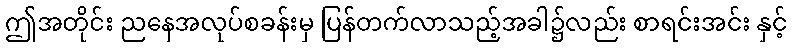
ဤအတိုင်း ညနေအလုပ်စခန်းမှ ပြန်တက်လာသည့်အခါ၌လည်း စာရင်းအင်း နှင့်